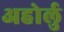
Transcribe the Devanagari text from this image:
अहोर्लु